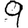
Digit: 9